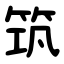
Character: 筑